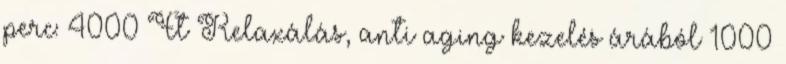
perc: 4000 Ft Relaxálás, anti aging kezelés árából 1000